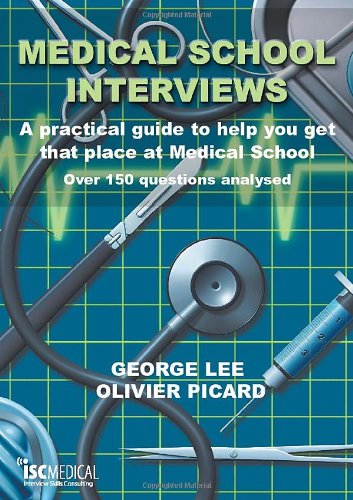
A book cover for Medical School Interviews: A Practical Guide to Help You Get That Place at Medical School -  Over 150 Questions Analysed; Lee George Picard Olivier; Education & Teaching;